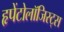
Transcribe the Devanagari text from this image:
हृपेंटोलॉजिस्ट्स